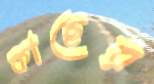
কাছের